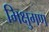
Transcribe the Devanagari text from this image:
भिक्षुगण